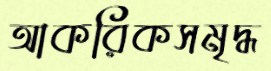
আকরিকসমৃদ্ধ